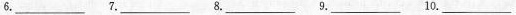
6.___ 7.___ 8.___ 9.___ 10.___